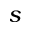
s